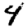
Digit: 4